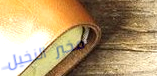
مخبز النخيل